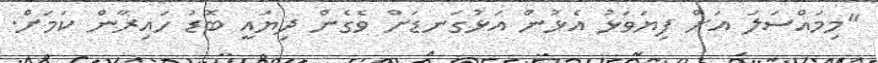
"މިމައްސަލަ އަށް ފިޔަވަޅު އެޅުން އަޅުގަނޑަށް ވެގެން ދިޔައީ ބޮޑު ހައިރާން ކަމަށް.